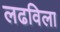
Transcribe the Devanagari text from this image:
लढविला